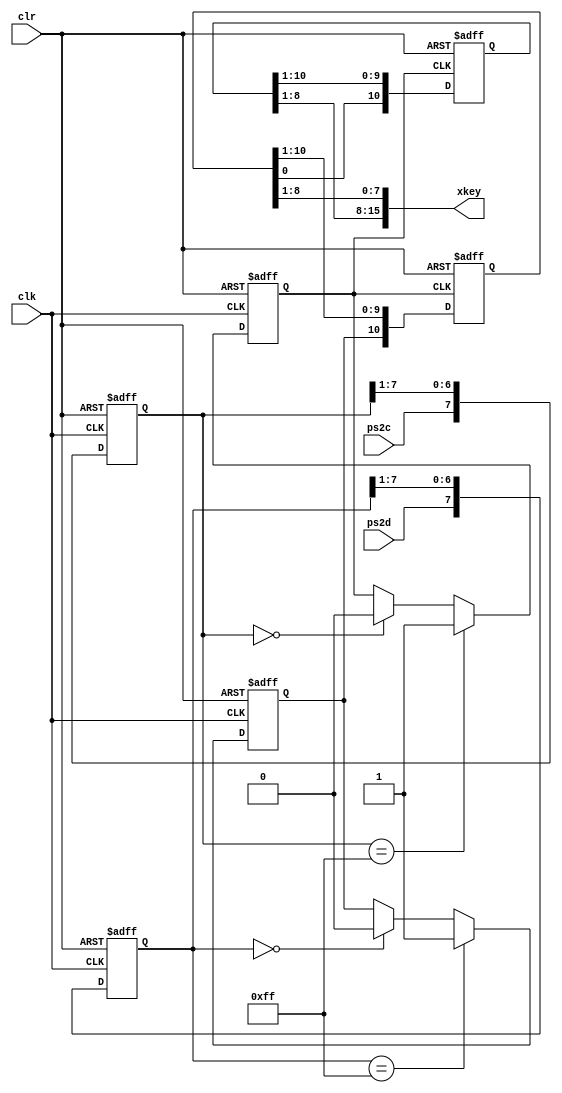
module ps2_receiver(
    input wire clk, clr,
	input wire ps2c, ps2d,
	output wire [15:0] xkey
	);
	
	reg PS2Cf, PS2Df;
	reg [ 7:0] ps2c_filter, ps2d_filter;
	reg [10:0] shift1, shift2;
	
	assign xkey = {shift2[8:1], shift1[8:1]};
	
	// Filter for PS2 clock and data
	
	always @ (posedge clk or posedge clr)
	begin
		if (clr == 1)
		begin
			ps2c_filter <= 0;
			ps2d_filter <= 0;
			PS2Cf       <= 1;
			PS2Df       <= 1;
		end
		else
		begin
			ps2c_filter <= {ps2c, ps2c_filter[7:1]};
			ps2d_filter <= {ps2d, ps2d_filter[7:1]};
			if (ps2c_filter == 8'b1111_1111)
				PS2Cf <= 1;
			else if (ps2c_filter == 8'b0000_0000)
				PS2Cf <= 0;
			if (ps2d_filter == 8'b1111_1111)
				PS2Df <= 1;
			else if (ps2d_filter == 8'b0000_0000)
				PS2Df <= 0;
		end
	end
	
	// Shift register used to clock in scan codes from PS2
	always @ (negedge PS2Cf or posedge clr)
	begin
		if (clr == 1)
		begin
			shift1 <= 0;
			shift2 <= 1;
		end
		else
		begin
			shift1 <= {PS2Df, shift1[10:1]};
			shift2 <= {shift1[0], shift2[10:1]};
		end
	end

endmodule